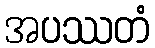
အပဿတံ